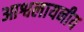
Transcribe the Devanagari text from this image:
आश्वलायनीय